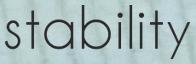
stability